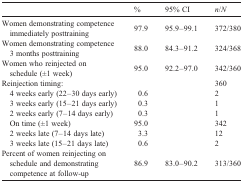
<table><thead><tr><td></td><td><b>%</b></td><td><b>95% CI</b></td><td><b><i>n</i>/<i>N</i></b></td></tr></thead><tbody><tr><td>Women demonstrating competence immediately posttraining</td><td>97.9</td><td>95.9–99.1</td><td>372/380</td></tr><tr><td>Women demonstrating competence 3 months posttraining</td><td>88.0</td><td>84.3–91.2</td><td>324/368</td></tr><tr><td>Women who reinjected on schedule (±1 week)</td><td>95.0</td><td>92.2–97.0</td><td>342/360</td></tr><tr><td>Reinjection timing:</td><td></td><td></td><td>360</td></tr><tr><td> 4 weeks early (22–30 days early)</td><td>0.6</td><td></td><td>2</td></tr><tr><td> 3 weeks early (15–21 days early)</td><td>0.3</td><td></td><td>1</td></tr><tr><td> 2 weeks early (7–14 days early)</td><td>0.3</td><td></td><td>1</td></tr><tr><td> On time (±1 week)</td><td>95.0</td><td></td><td>342</td></tr><tr><td> 2 weeks late (7–14 days late)</td><td>3.3</td><td></td><td>12</td></tr><tr><td> 3 weeks late (15–21 days late)</td><td>0.6</td><td></td><td>2</td></tr><tr><td>Percent of women reinjecting on schedule and demonstrating competence at follow-up</td><td>86.9</td><td>83.0–90.2</td><td>313/360</td></tr></tbody></table>